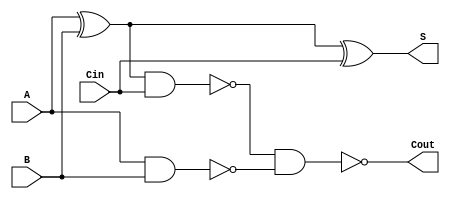
module FAdd(A,B,Cin,S,Cout);
input A,B,Cin;
output S,Cout;
wire S1,C1,C2;
xor(S1,A,B);
xor(S,S1,Cin);
nand(C1,S1,Cin);
nand(C2,A,B);
nand(Cout,C1,C2);
endmodule